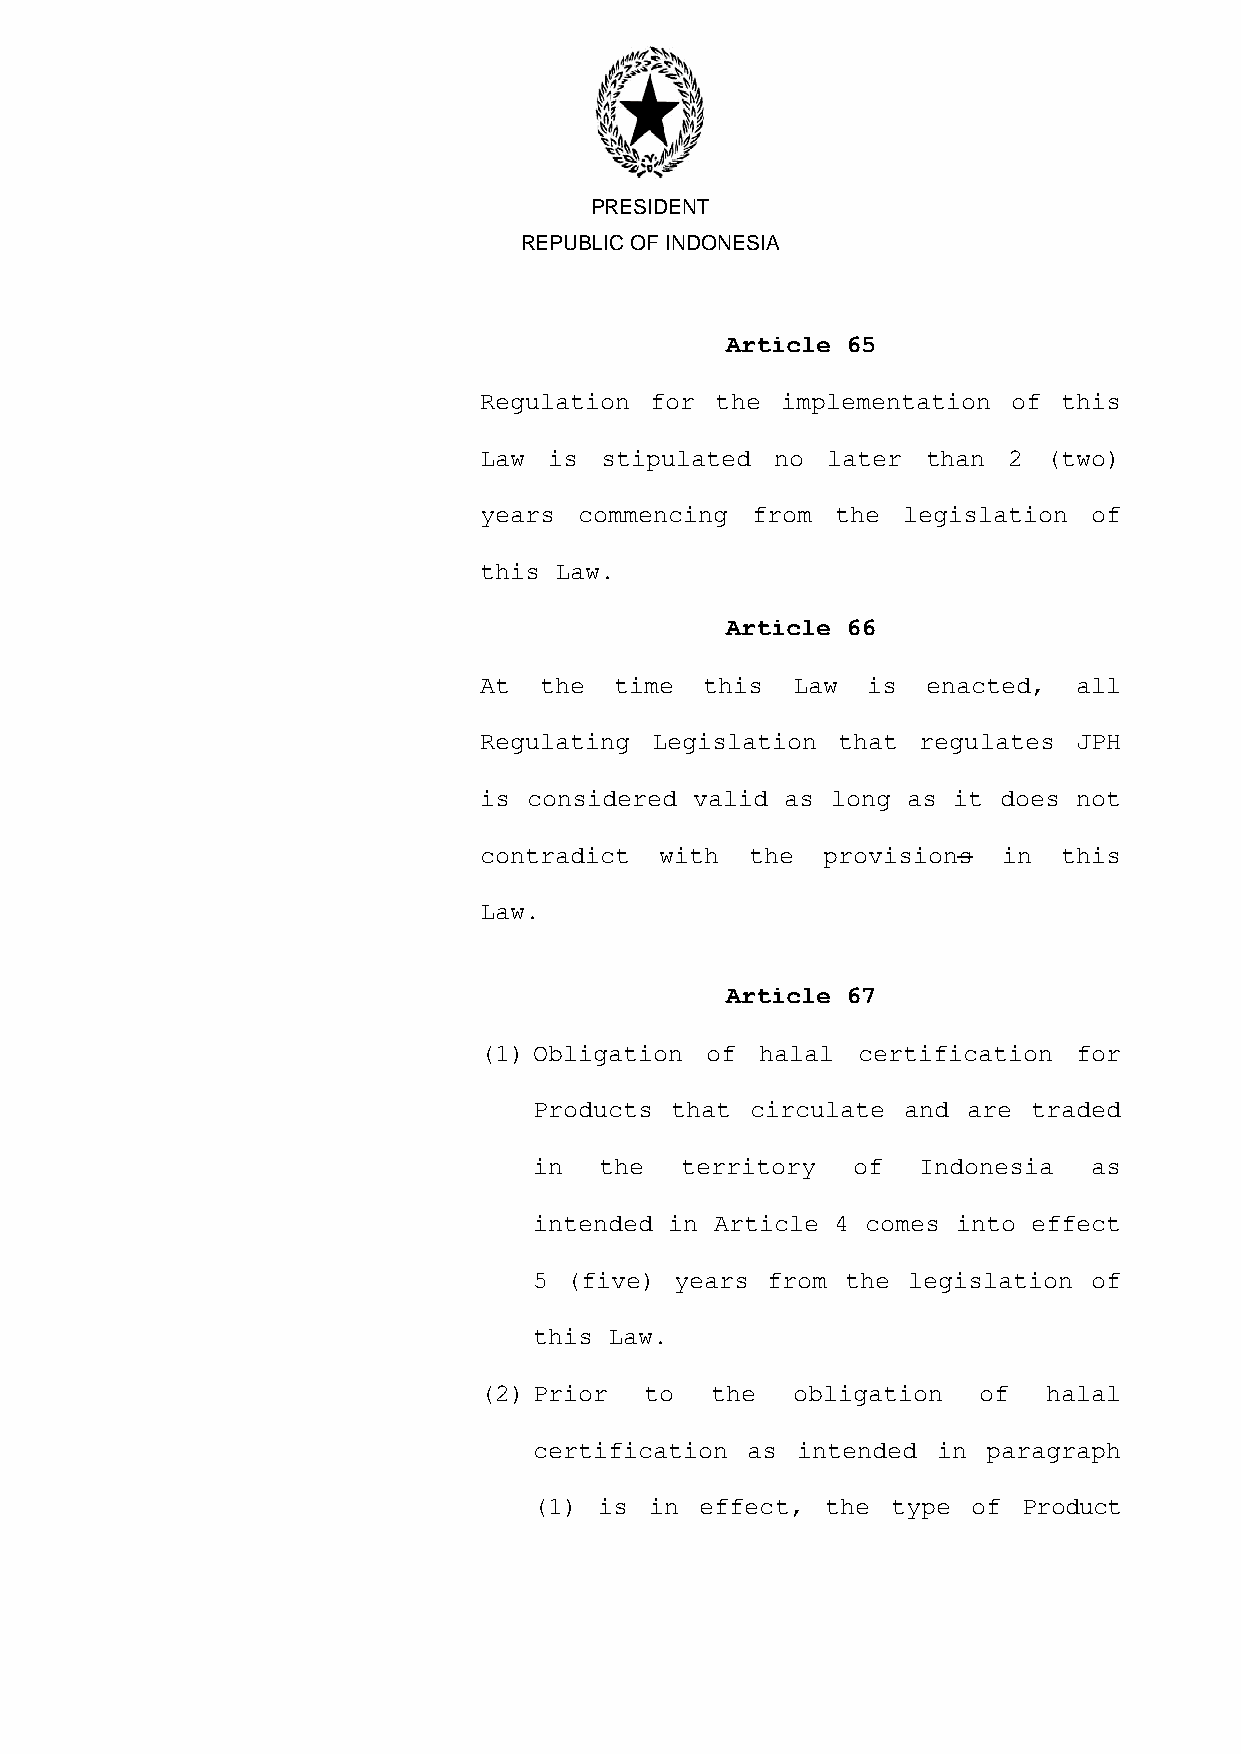
PRESIDENT
 REPUBLIC OF INDONESIA
 Article 65
 Regulation for the  implementation of this
 Law is  stipulated no  later than  2 (two)
 years commencing  from the  legislation of
 this Law.
 Article 66
 At  the  time  this Law  is  enacted,  all
 Regulating Legislation that  regulates JPH
 is considered valid as long as it does not
 contradict  with  the provisions  in  this
 Law.
 Article 67
 (1) Obligation of halal  certification for
 Products that  circulate and are traded
 in   the  territory  of   Indonesia  as
 intended in Article 4 comes into effect
 5 (five)  years from the legislation of
 this Law.
 (2) Prior  to  the  obligation   of  halal
 certification as  intended in paragraph
 (1)  is in effect,  the type of  Product